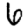
Digit: 6